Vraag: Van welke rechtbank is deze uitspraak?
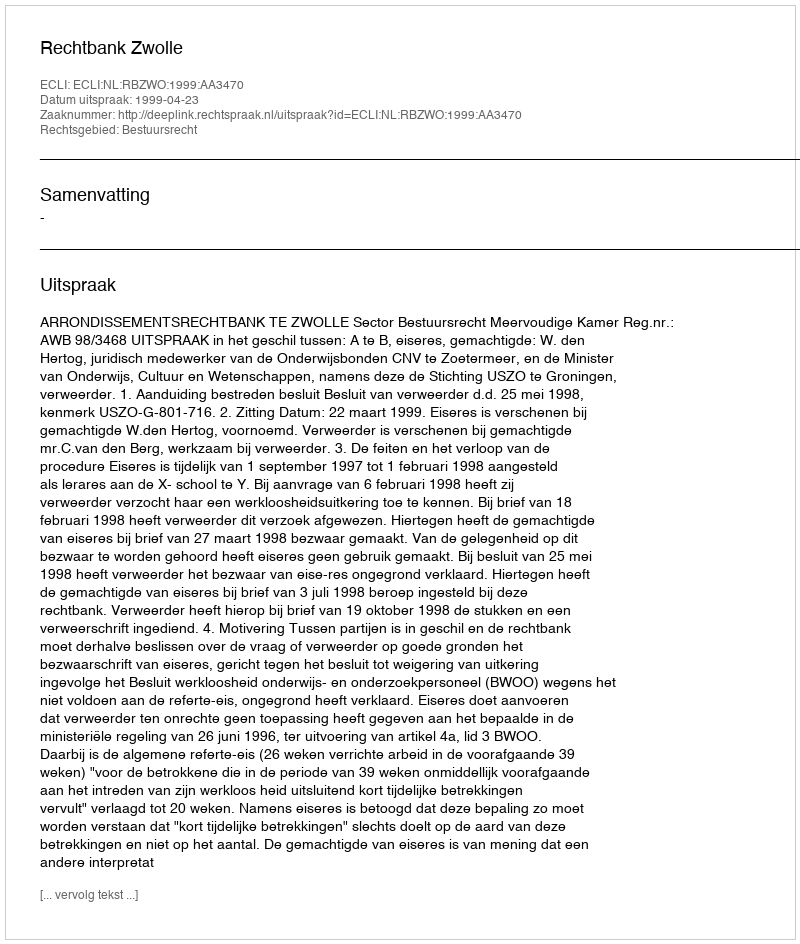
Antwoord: Rechtbank Zwolle